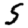
Digit: 5